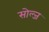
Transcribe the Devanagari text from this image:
सोल्ज